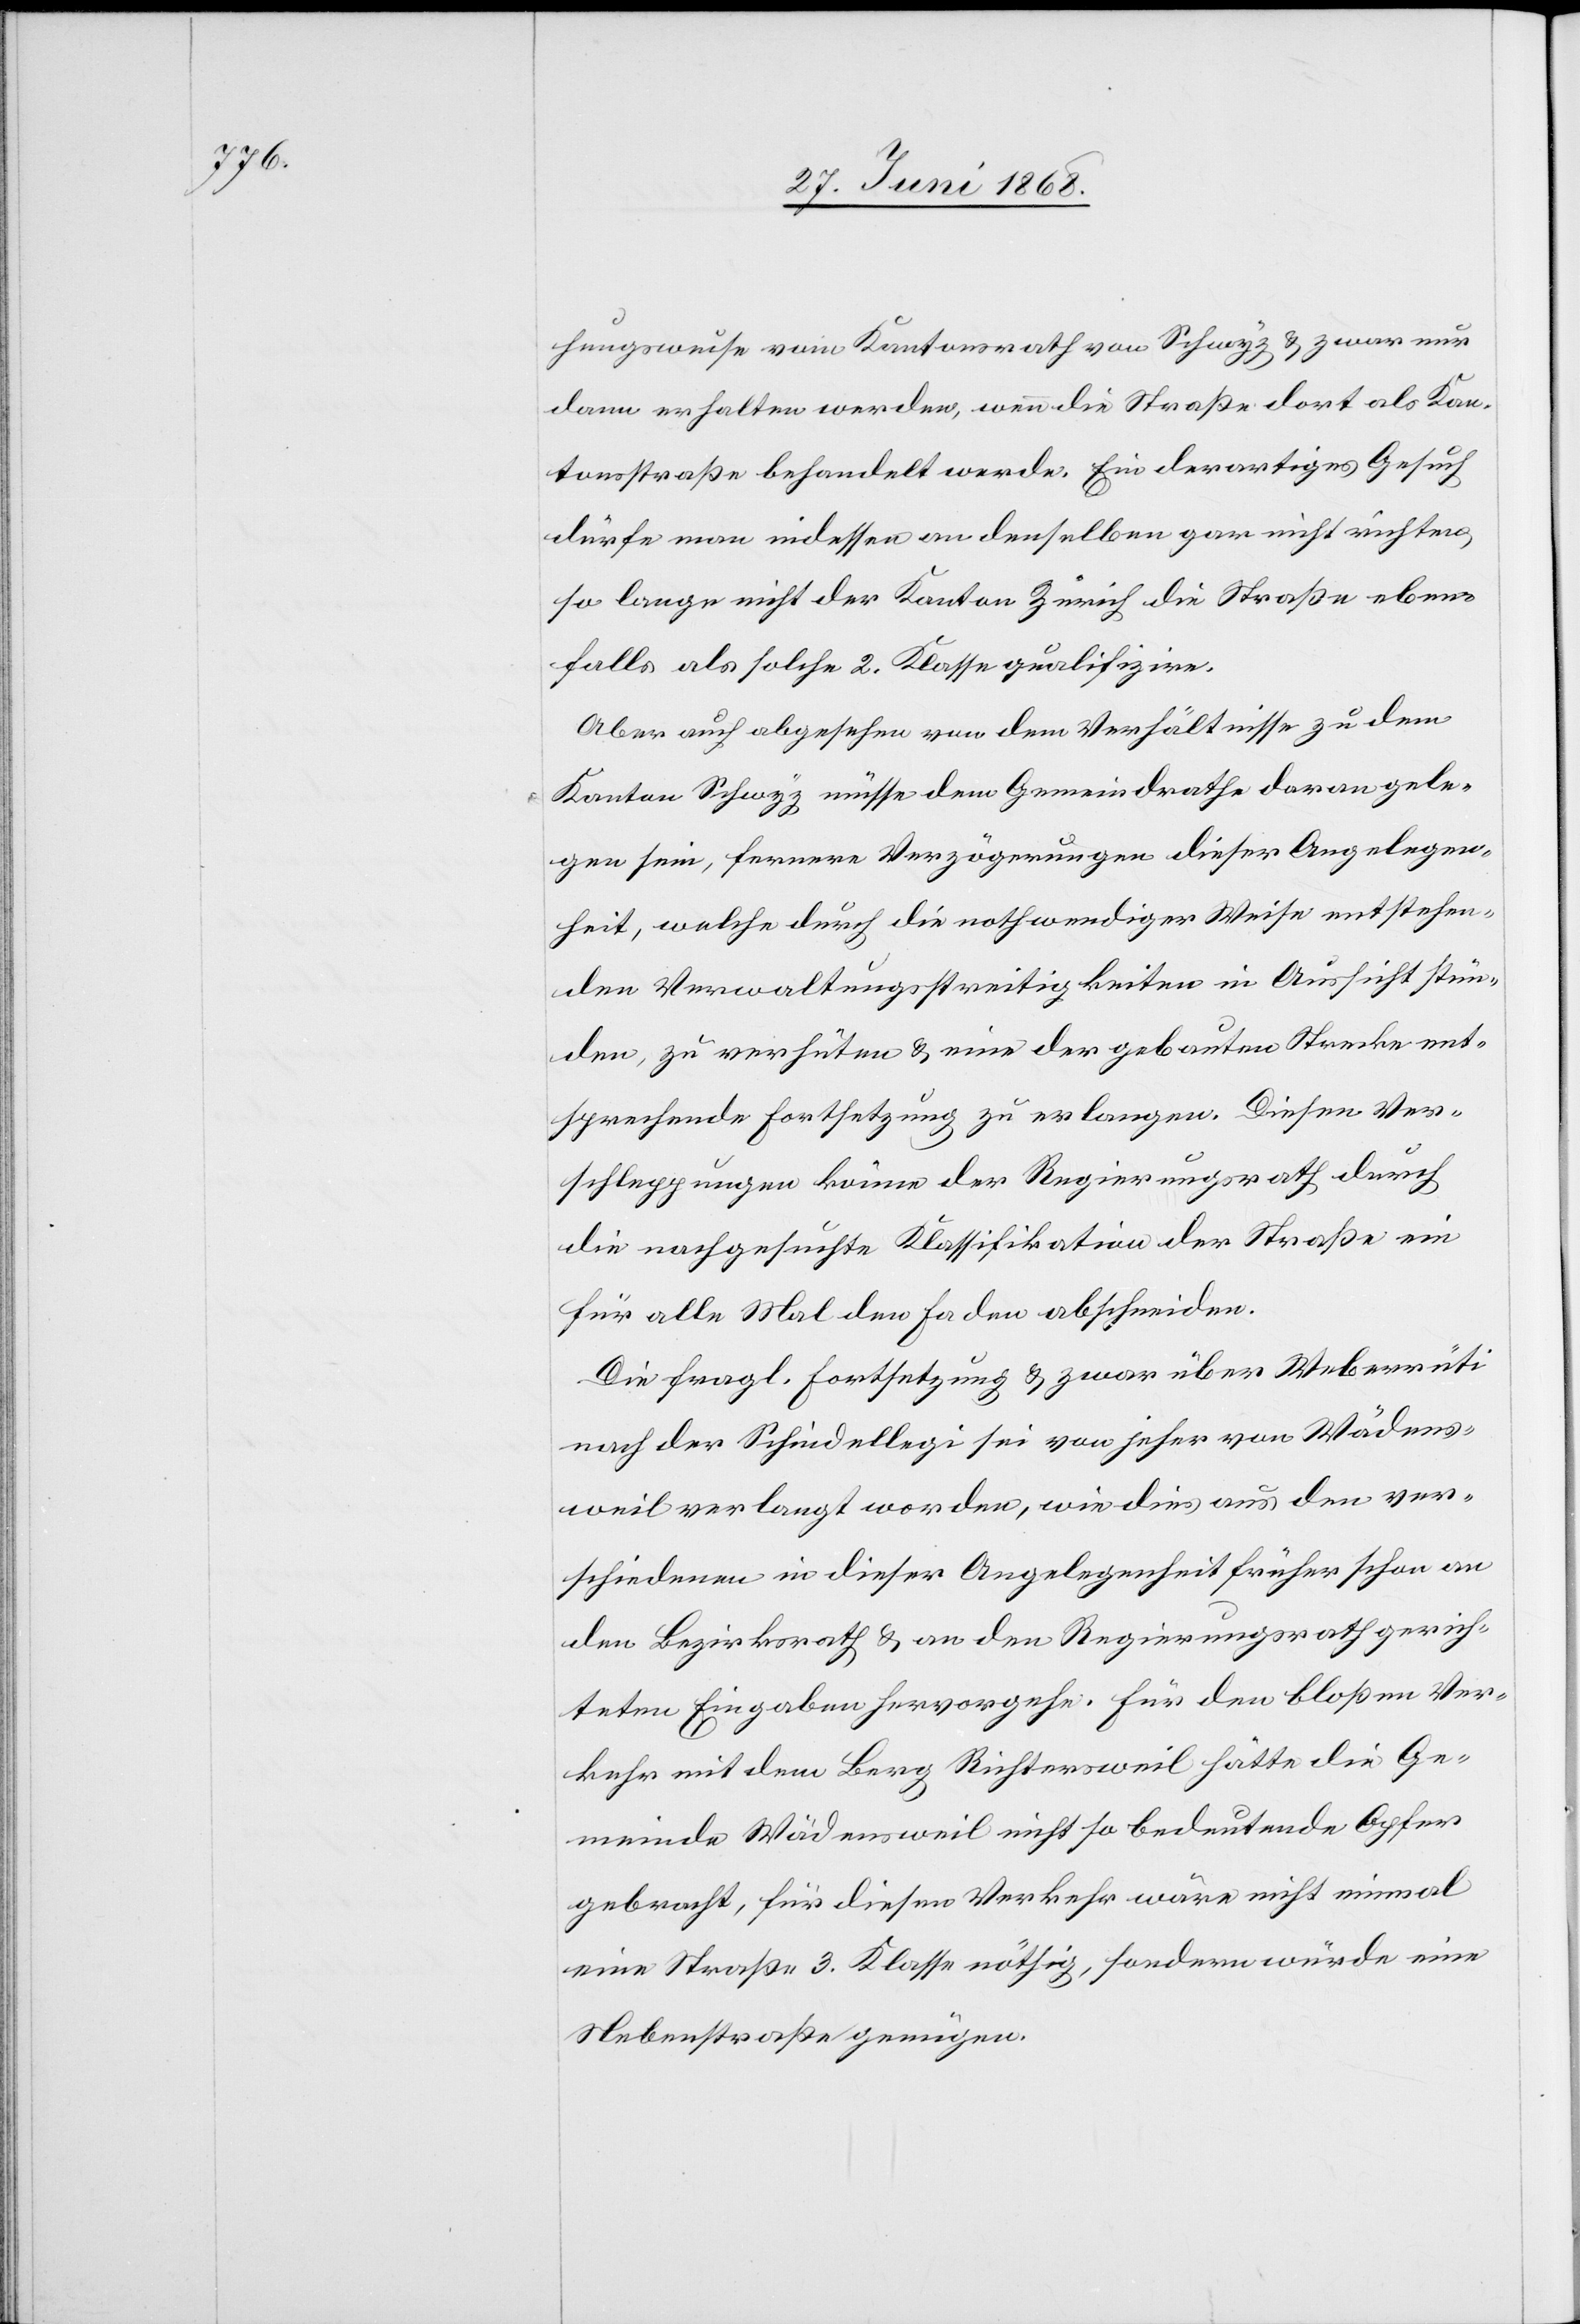
hungsweise vom Kantonsrath von Schwyz & zwar nur
dann erhalten werden, wenn die Straße dort als Kan¬
tonsstraße behandelt werde. Ein derartiges Gesuch
dürfe man indessen an denselben gar nicht richten,
so lange nicht der Kanton Zürich die Straße eben¬
falls als solche 2. Klasse qualifizire.
Aber auch abgesehen von dem Verhältnisse zu dem
Kanton Schwyz müsse dem Gemeindrathe daran gele¬
gen sein, fernere Verzögerungen dieser Angelegen¬
heit, welche durch die nothwendiger Weise entstehen¬
den Verwaltungsstreitigkeiten in Aussicht stün¬
den, zu verhüten & eine der gebauten Strecke ent¬
sprechende Fortsetzung zu erlangen. Diesen Ver¬
schleppungen könne der Regierungsrath durch
die nachgesuchte Klassifikation der Straße ein
für alle Mal den Faden abschneiden.
Die fragl. Fortsetzung & zwar über Weberrüti
nach der Schindellegi sei von jeher von Wädens¬
weil verlangt worden, wie dies aus den ver¬
schiedenen in dieser Angelegenheit früher schon an
den Bezirksrath & an den Regierungsrath gerich¬
teten Eingaben hervorgehe. Für den bloßen Ver¬
kehr mit dem Berg Richtersweil hätte die Ge¬
meinde Wädensweil nicht so bedeutende Opfer
gebracht, für diesen Verkehr wäre nicht einmal
eine Straße 3. Klasse nöthig, sondern würde eine
Nebenstraße genügen.